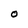
Character: O